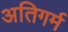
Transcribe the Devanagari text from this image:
अतिगर्म